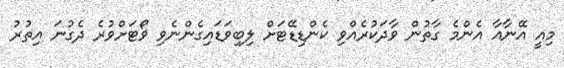
މިއީ އޭނާއާ އެންމެ ގާތުން ވާދަކުރެއްވި ކެންޑިޑޭޓަށް ލިބިވަޑައިގެންނެވި ވޯޓަށްވުރެ ދެގުނަ އިތުރު